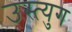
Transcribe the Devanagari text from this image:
उस्त्युग